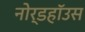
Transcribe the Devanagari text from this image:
नोर्डहॉउस